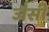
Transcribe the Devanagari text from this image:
जैसीं